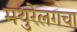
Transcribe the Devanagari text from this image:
मथुरेलगचा